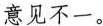
意见不一。